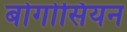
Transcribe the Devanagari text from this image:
बोगोसियन